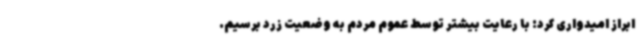
ابراز امیدواری کرد: با رعایت بیشتر توسط عموم مردم به وضعیت زرد برسیم.